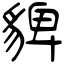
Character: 貏